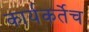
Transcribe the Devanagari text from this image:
कार्यकर्तेच